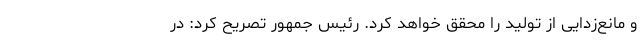
و مانع‌زدایی از تولید را محقق خواهد کرد. رئیس جمهور تصریح کرد: در